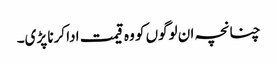
چنانچہ ان لوگوں کو وہ قیمت ادا کرنا پڑی۔